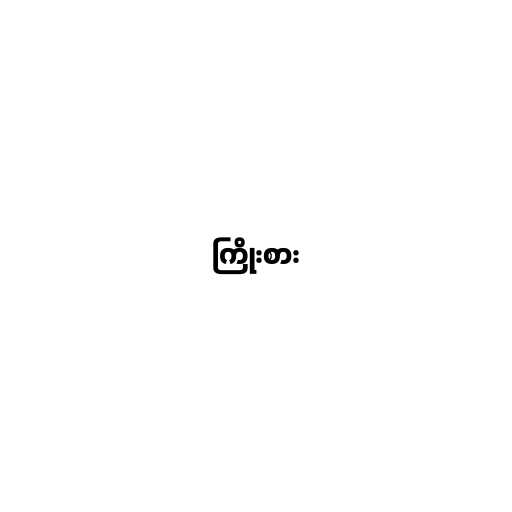
ကြိုးစား